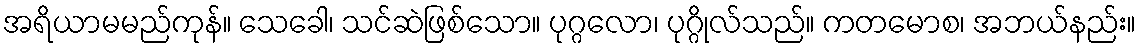
အရိယာမမည်ကုန်။ သေခေါ၊ သင်ဆဲဖြစ်သော။ ပုဂ္ဂလော၊ ပုဂ္ဂိုလ်သည်။ ကတမောစ၊ အဘယ်နည်း။